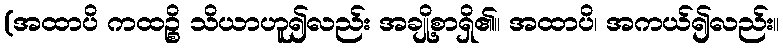
(အထာပိ ကထဉ္စိ သိယာဟူ၍လည်း အချို့စာရှိ၏။ အထာပိ၊ အကယ်၍လည်း။